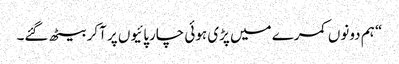
“ ہم دونوں کمرے میں پڑی ہوئی چارپائیوں پر آکر بیٹھ گئے۔